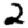
Digit: 2